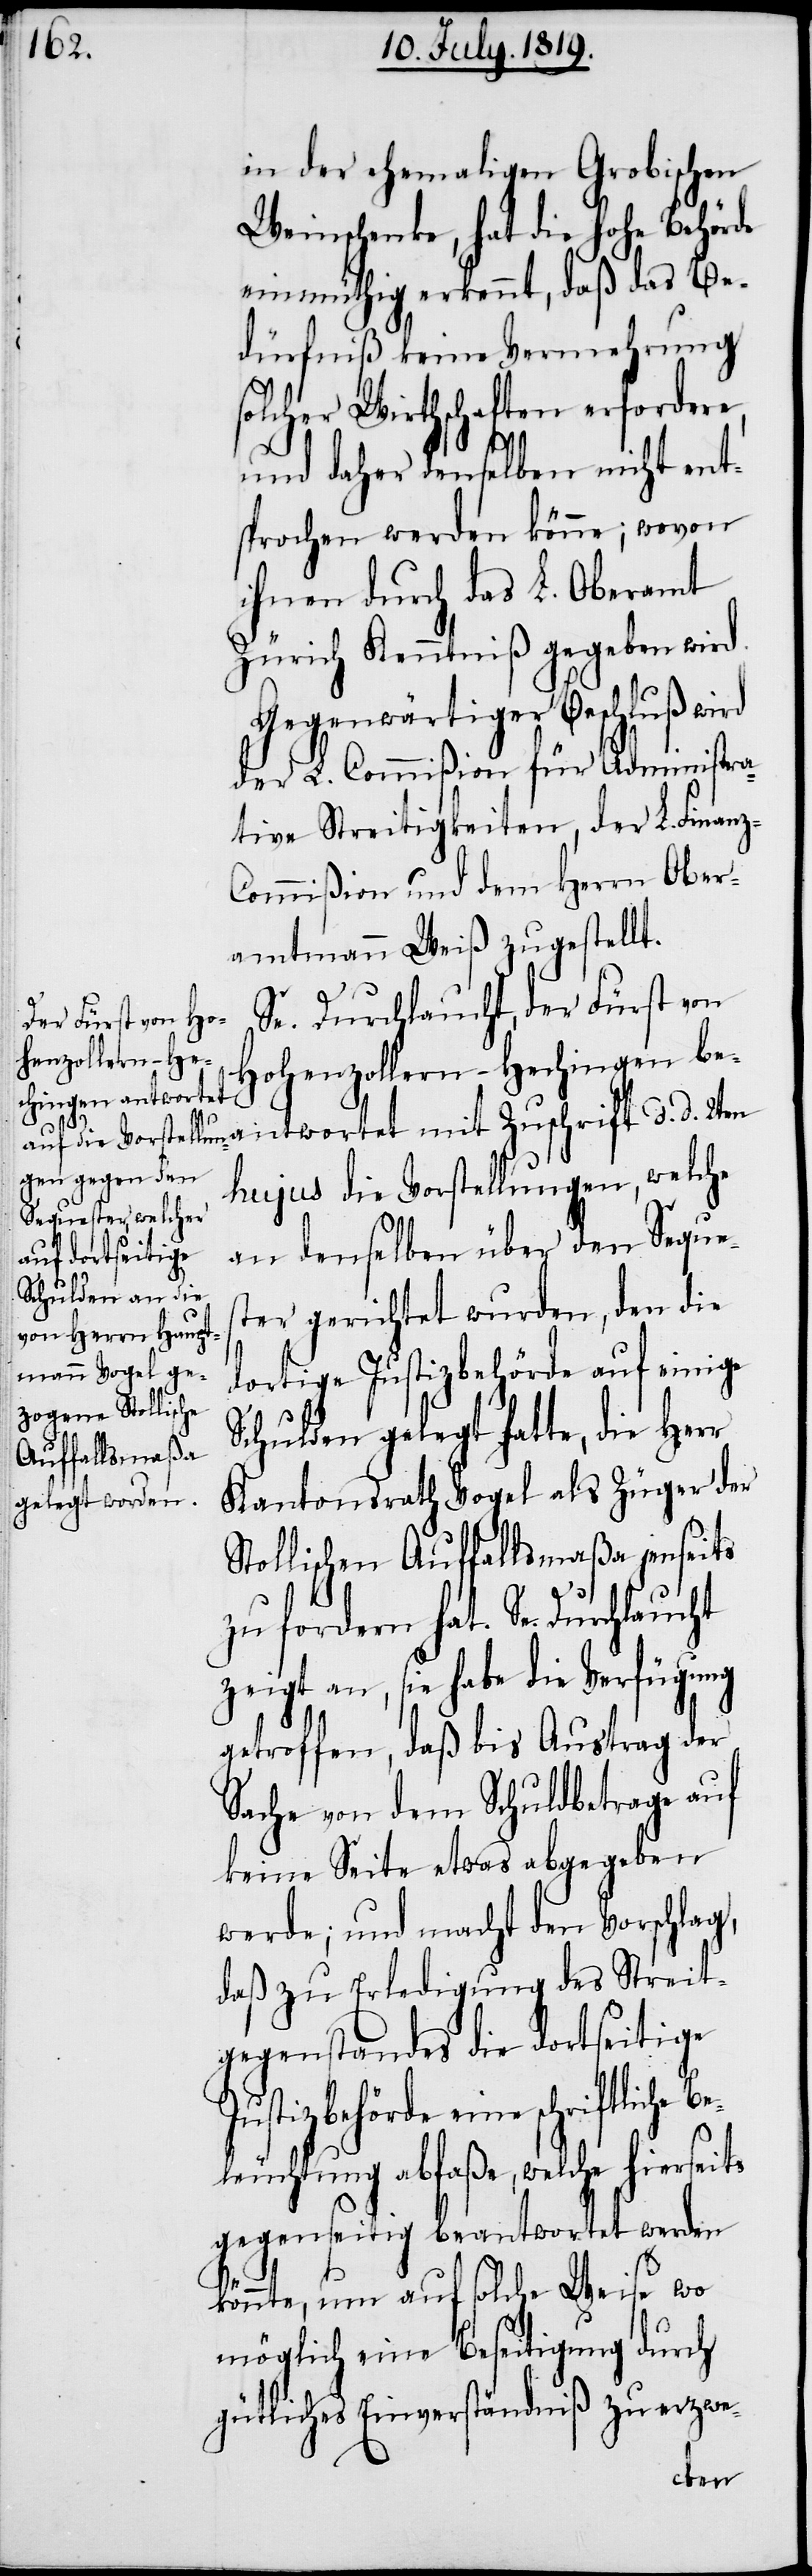
in der ehemaligen Grobischen
Weinschenke, hat die hohe Behörde
einmüthig erkennt, daß das Be¬
dürfniß keine Vermehrung
solcher Wirthschaften erfordere,
und daher denselben nicht ent¬
sprochen werden könne; wovon
ihnen durch das L. Oberamt
Zürich Kenntniß gegeben wird.
Gegenwärtiger Beschluß wird
der L. Commißion für Administra¬
tive Streitigkeiten, der L. Finan¬
ommißion und dem Herrn Ober¬
amtmann Weiß zugestellt.
Se. Durchlaucht, der Fürst von
Hohenzollern-Hechingen bea¬
z-C¬
ntwortet mit Zuschrift d. d. 2ten
hujus die Vorstellungen, welche
an denselben über den Seques¬
ter gerichtet wurden, den die
dortige Justizbehörde auf einige
Schulden gelegt hatte, die Herr
Kantonsrath Vogel als Züger der
Stollischen Auffallsmaßa jenseits
zu fordern hat. Se. Durchlaucht
zeigt an, sie habe die Verfügung
getroffen, daß bis Austrag der
Sache von dem Schuldbetrage auf
keine Seite etwas abgegeben
werde; und macht den Vorschlag,
daß zu Erledigung des Streit¬
gegenstandes die dortseitige
eine schriftliche
Beleuchtung abfaße, welche hierseits
gegenseitig beantwortet werden
könnte, um auf solche Weise wo
möglich eine Beseitigung durch
gütliches Einverständniß zu erzwe-